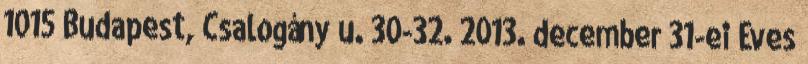
1015 Budapest, Csalogány u. 30-32. 2013. december 31-ei Éves